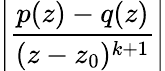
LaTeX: \left|{\frac{p(z)-q(z)}{(z-z_{0})^{k+1}}}\right|